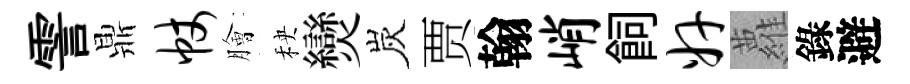
霅鼎帐膾秧𤓖炭贾翰峭飼奸蘿錄避